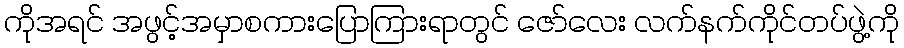
ကိုအရင် အဖွင့်အမှာစကားပြောကြားရာတွင် ဇော်လေး လက်နက်ကိုင်တပ်ဖွဲ့ကို